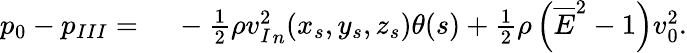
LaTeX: \begin{array}{rl}{p_{0}-p_{III}={}}&{{}-\frac{1}{2}\rho{v_{I}^{2}}_{n}(x_{s},y_{s},z_{s})\theta(s)+\frac{1}{2}\rho\left(\overline{{E}}^{2}-1\right)v_{0}^{2}.}\end{array}